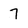
Character: 7